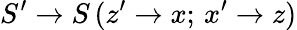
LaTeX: S^{\prime}\rightarrow S\, (z^{\prime}\rightarrow x;\, x^{\prime}\rightarrow z)